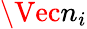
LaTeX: \Vec{n}_{i}